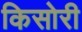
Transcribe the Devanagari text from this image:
किसोरी